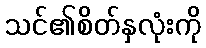
သင်၏စိတ်နှလုံးကို